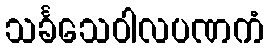
သင်္ခသေဝါလပဏကံ